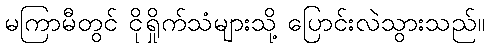
မကြာမီတွင် ငိုရှိုက်သံများသို့ ပြောင်းလဲသွားသည်။